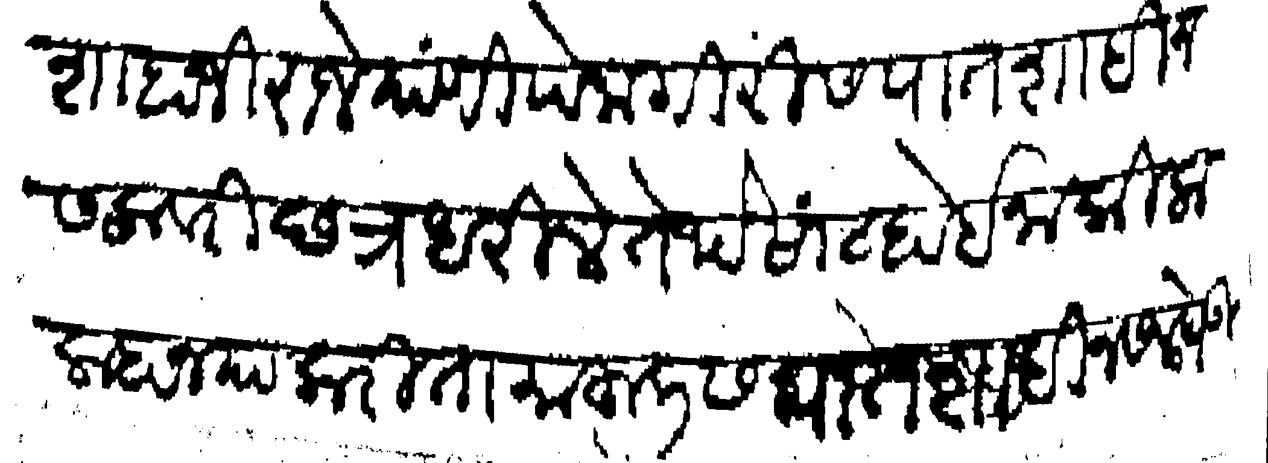
Transliteration (Devanagari): शाहाजी राजे यांणी पेमगिरीस पातशाही नसलावरी छत्र धरिले तेथे सांट होईना किला लाहान या करिता माहुलीस पातशाही नसल घेऊन